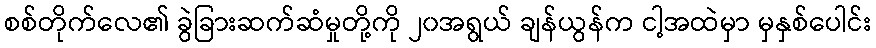
စစ်တိုက်လေ၏ ခွဲခြားဆက်ဆံမှုတို့ကို ၂၀အရွယ် ချန်ယွန်က ငါ့အထဲမှာ မှနှစ်ပေါင်း